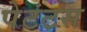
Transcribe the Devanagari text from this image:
पेटंटस